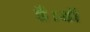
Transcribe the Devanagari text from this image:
है।डॉ